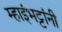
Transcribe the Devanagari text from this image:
म्हाइंभट्टांनी